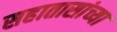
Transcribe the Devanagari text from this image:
सहातासांच्या